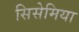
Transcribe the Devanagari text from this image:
सिसेमिया